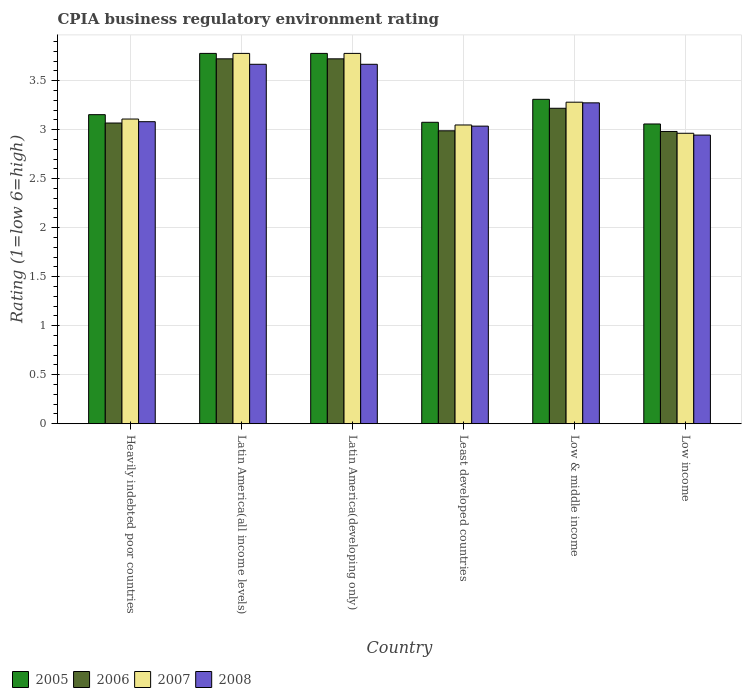
| Country | 2005 | 2006 | 2007 | 2008 |
 | --- | --- | --- | --- | --- |
 | Heavily indebted poor countries | 3.15 | 3.07 | 3.11 | 3.08 |
 | Latin America(all income levels) | 3.78 | 3.72 | 3.78 | 3.67 |
 | Latin America(developing only) | 3.78 | 3.72 | 3.78 | 3.67 |
 | Least developed countries | 3.08 | 2.99 | 3.05 | 3.04 |
 | Low & middle income | 3.31 | 3.22 | 3.28 | 3.27 |
 | Low income | 3.06 | 2.98 | 2.96 | 2.94 |